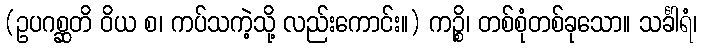
(ဥပဂစ္ဆတိ ဝိယ စ၊ ကပ်သကဲ့သို့ လည်းကောင်း။) ကဉ္စိ၊ တစ်စုံတစ်ခုသော။ သင်္ခါရံ၊